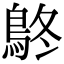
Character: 鴤